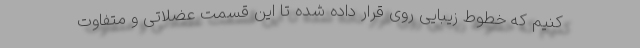
کنیم که خطوط زیبایی روی قرار داده شده تا این قسمت عضلاتی و متفاوت